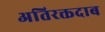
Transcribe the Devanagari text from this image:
अतिरक्तदाब